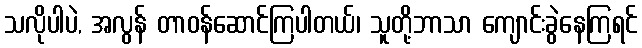
သလိုပါပဲ, အလွန် တာဝန်ဆောင်ကြပါတယ်၊ သူတို့ဘာသာ ကျောင်းခွဲနေကြရင်